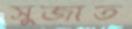
সুজাত